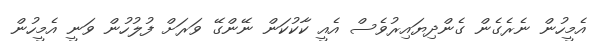
އެމީހުން ނެރެގެން ގެންދިޔައިރުވެސް އެއީ ކާކުކަން ނޭންގޭ ވަރަށް ފުލުހުން ވަނީ އެމީހުން